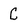
Character: C